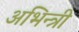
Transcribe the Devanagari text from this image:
अभिन्त्री